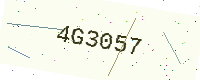
Text: 4G3057